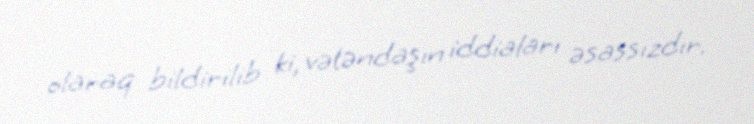
olaraq bildirilib ki, vətəndaşın iddiaları əsassızdır.